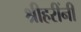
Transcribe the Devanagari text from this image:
श्रीहरींनी